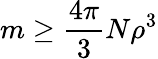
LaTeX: m\ge\frac{4\pi}{3}N\rho^{3}